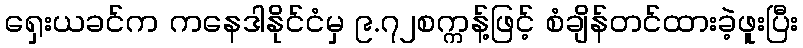
ရှေးယခင်က ကနေဒါနိုင်ငံမှ ၉.၇၂စက္ကန့်ဖြင့် စံချိန်တင်ထားခဲ့ဖူးပြီး